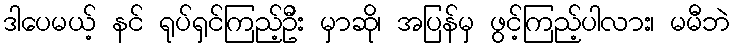
ဒါပေမယ့် နင် ရုပ်ရှင်ကြည့်ဦး မှာဆို၊ အပြန်မှ ဖွင့်ကြည့်ပါလား၊ မမီဘဲ